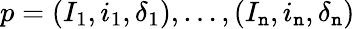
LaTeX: p=(I_{1},i_{1},\delta_{1}),\dots,(I_{\mathtt{n}},i_{\mathtt{n}},\delta_{\mathtt{n}})